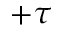
+ \tau